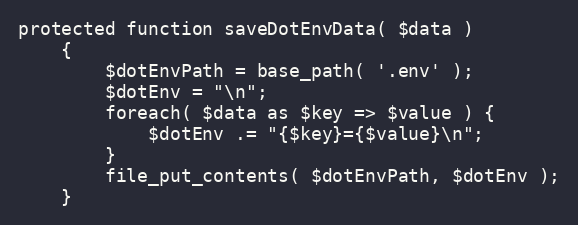
Language: PHP
protected function saveDotEnvData( $data )
	{
		$dotEnvPath = base_path( '.env' );
		$dotEnv = "\n";
		foreach( $data as $key => $value ) {
			$dotEnv .= "{$key}={$value}\n";
		}
		file_put_contents( $dotEnvPath, $dotEnv );
	}